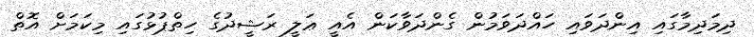
ދިމަދިމާގައި އިންދަވައި ހައްދަވަމުން ގެންދަވާކަން އެއީ ޢަލީ ރަޝީދުގެ ހިތްޕުޅުގައި މިކަމަށް އޮތް